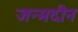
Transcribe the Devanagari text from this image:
जन्मदीन